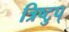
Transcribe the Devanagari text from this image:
त्रिष्टुप्‌